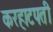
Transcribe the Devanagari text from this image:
करहाटपती